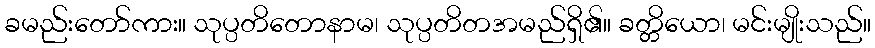
ခမည်းတော်ကား။ သုပ္ပတိတောနာမ၊ သုပ္ပတိတအမည်ရှိ၏။ ခတ္တိယော၊ မင်းမျိုးသည်။